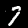
Label: 7